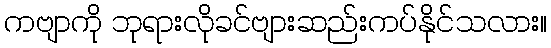
ကဗျာကို ဘုရားလိုခင်ဗျားဆည်းကပ်နိုင်သလား။